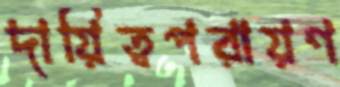
দায়িত্বপরায়ণ